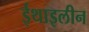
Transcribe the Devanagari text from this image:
ईथाइलीन